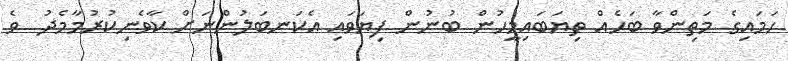
ހަމައިގެ މަތިންވާ ބަހެއް ތިޔަބައިމީހުން ބުނުން ފިޔަވައި އެކަނބަލުންނަށް ކާވެނިކުރުމާމެދު  ވެ